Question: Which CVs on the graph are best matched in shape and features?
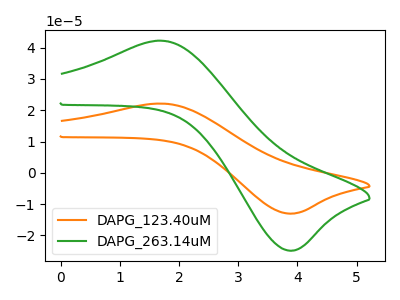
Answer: <think>The orange curve "DAPG_123.40uM" has an anodic peak at (1.70V, 22.15uA) and a cathodic peak at (3.95V, -13.05uA). The green curve "DAPG_263.14uM" has an anodic peak at (1.70V, 42.25uA) and a cathodic peak at (3.95V, -24.85uA).
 All the peaks in "DAPG_123.40uM" have a peak in "DAPG_263.14uM" at the same potential. Every peak in "DAPG_123.40uM" is lower than every peak in "DAPG_263.14uM".</think>
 <answer>"DAPG_263.14uM" and "DAPG_123.40uM" have the same shape and are likely CV's of the same chemical.</answer>
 <eval>"DAPG_263.14uM" "DAPG_123.40uM"</eval>